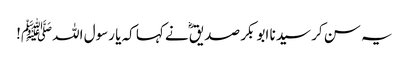
یہ سن کر سیدنا ابو بکر صدیقؓ نے کہا کہ یا رسول اللہﷺ!